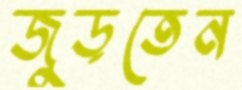
জুড়তেন